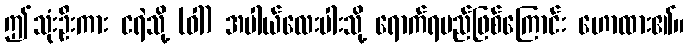
ဤသုံးဦးကား ငရဲသို့ (ဝါ) အပါယ်လေးပါးသို့ ရောက်ရမည်ဖြစ်ကြောင်း ဟောထား၏။